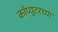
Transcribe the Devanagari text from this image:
काँप्युटरच्या